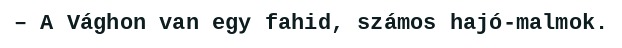
– A Vághon van egy fahid, számos hajó-malmok.